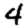
Digit: 4